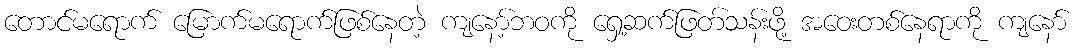
တောင်မရောက် မြောက်မရောက်ဖြစ်နေတဲ့ ကျနော့်ဘဝကို ရှေ့ဆက်ဖြတ်သန်းဖို့ အဝေးတစ်နေရာကို ကျနော်